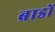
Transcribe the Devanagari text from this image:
ब्राडों